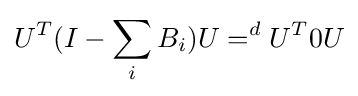
U^{T}(I-\sum _{i}B_{i})U=^{d}U^{T}0U